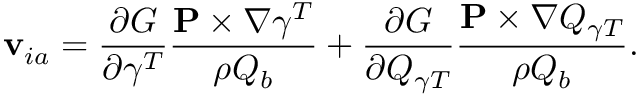
{ \bf v } _ { i a } = \frac { \partial G } { \partial \gamma ^ { T } } \frac { { \bf P } \times \nabla \gamma ^ { T } } { \rho Q _ { b } } + \frac { \partial G } { \partial Q _ { \gamma T } } \frac { { \bf P } \times \nabla Q _ { \gamma T } } { \rho Q _ { b } } .